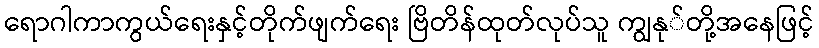
ရောဂါကာကွယ်ရေးနှင့်တိုက်ဖျက်ရေး ဗြိတိန်ထုတ်လုပ်သူ ကျွနု်တို့အနေဖြင့်